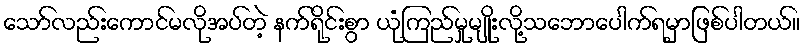
သော်လည်းကောင်မလိုအပ်တဲ့ နက်ရိုင်းစွာ ယုံကြည်မှုမျိုးလို့သဘောပေါက်ရမှာဖြစ်ပါတယ်။